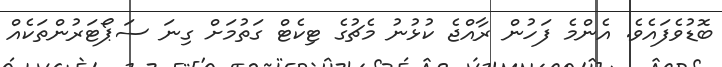
ބޮޑުވެފައެވެ. އެންމެ ފަހުން ރާއްޖެ ކުޅުނު މެޗުގެ ޓިކެޓް ގަތުމަށް ގިނަ ސަޕޯޓަރުންތަކެއް